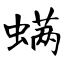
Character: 螨